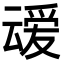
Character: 叆